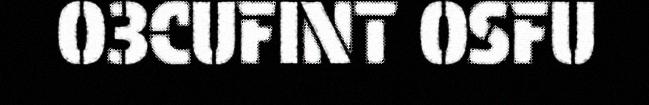
O3CUFINT OSFU